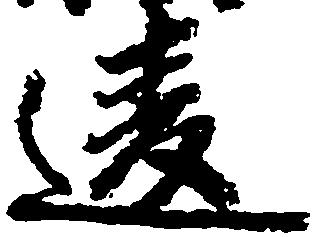
違